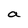
Character: a